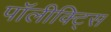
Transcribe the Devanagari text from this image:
पॉलीक्ट्सि